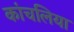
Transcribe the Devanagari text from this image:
कांचलिया